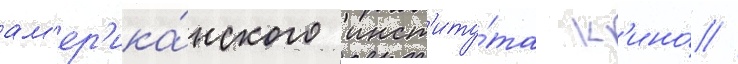
ам'ер'ика́нского инст'иту́та к'ино́ //